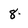
Character: 8